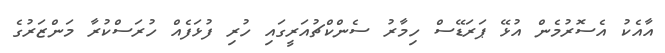
އާއެކު އެސޮރުމެން އުޅޭ ޕަރަޑޭސް ހިމާރު ސެންކްޗުއަރީގައި ހުރި ފުޅަފެއް ހުރަސްކުރާ މަންޒަރުގެ